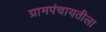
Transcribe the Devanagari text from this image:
ग्रामपंचायतीला